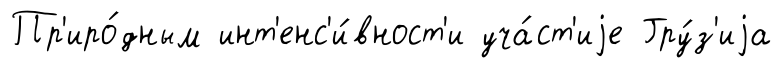
Пр'иро́дным инт'енс'и́вност'и уча́ст'иjе Гру́з'иjа